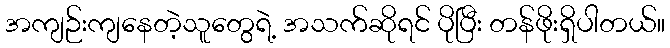
အကျဉ်းကျနေတဲ့သူတွေရဲ့ အသက်ဆိုရင် ပိုပြီး တန်ဖိုးရှိပါတယ်။